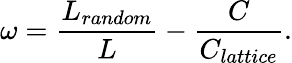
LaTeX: \omega=\frac{L_{random}}{L}-\frac{C}{C_{lattice}}.